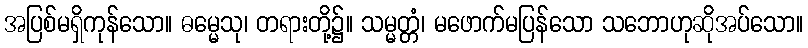
အပြစ်မရှိကုန်သော။ ဓမ္မေသု၊ တရားတို့၌။ သမ္မတ္တံ၊ မဖောက်မပြန်သော သဘောဟုဆိုအပ်သော။